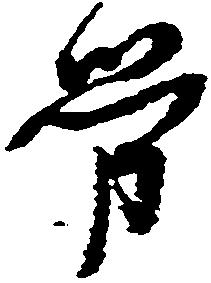
労